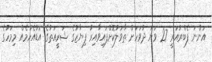
އަންނަ ފެބްރުއަރީ 27 ވަނަ ދުވަހަށް ތާވަލުކޮށްފައިވާއިރު ފިޔާޒުގެ ޝަރީއަތުގެ އަޑުއެހުމެއް މިމަހުގެ